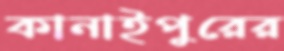
কানাইপুরের